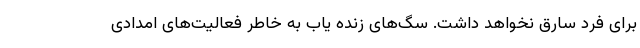
برای فرد سارق نخواهد داشت. سگ‌های زنده یاب به خاطر فعالیت‌های امدادی